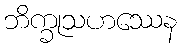
ဘိက္ခုသဟဿေန